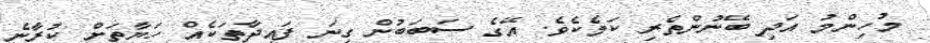
މުހިންމު އަދި ބޭނުންތެރި ކަމެކެވެ. އޭގެ ސަބަބުން ގިނަ ފައިދާތަކެއް ހަޔާތަށް ކުރާނެ